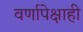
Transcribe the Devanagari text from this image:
वर्णापेक्षाही